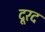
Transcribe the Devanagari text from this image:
दूरद